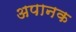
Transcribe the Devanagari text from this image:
अपानक